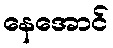
နေအောင်